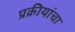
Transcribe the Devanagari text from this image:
प्रक्रीयांचा